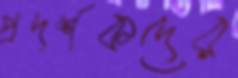
প্রদর্শকদের